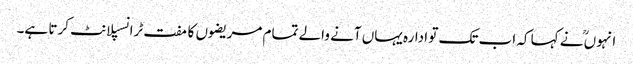
انہوںؒ نے کہا کہ اب تک تو ادارہ یہاں آنے والے تمام مریضوں کا مفت ٹرانسپلانٹ کرتا ہے۔